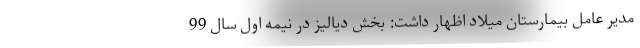
مدير عامل بيمارستان ميلاد اظهار داشت: بخش دياليز در نیمه اول سال 99